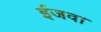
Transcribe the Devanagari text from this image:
ईजवा